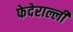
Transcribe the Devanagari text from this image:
फेदेराल्ली